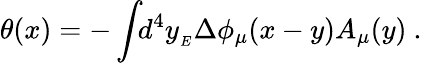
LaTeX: \theta(x)=-\int\! \! d^{4}y_{_{E}}\Delta\phi_{\mu}(x-y)A_{\mu}(y)\ .